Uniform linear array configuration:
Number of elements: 12
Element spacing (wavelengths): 0.25
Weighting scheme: hamming
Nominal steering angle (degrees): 15
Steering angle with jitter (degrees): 16.123
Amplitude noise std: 0.05
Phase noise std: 0.05

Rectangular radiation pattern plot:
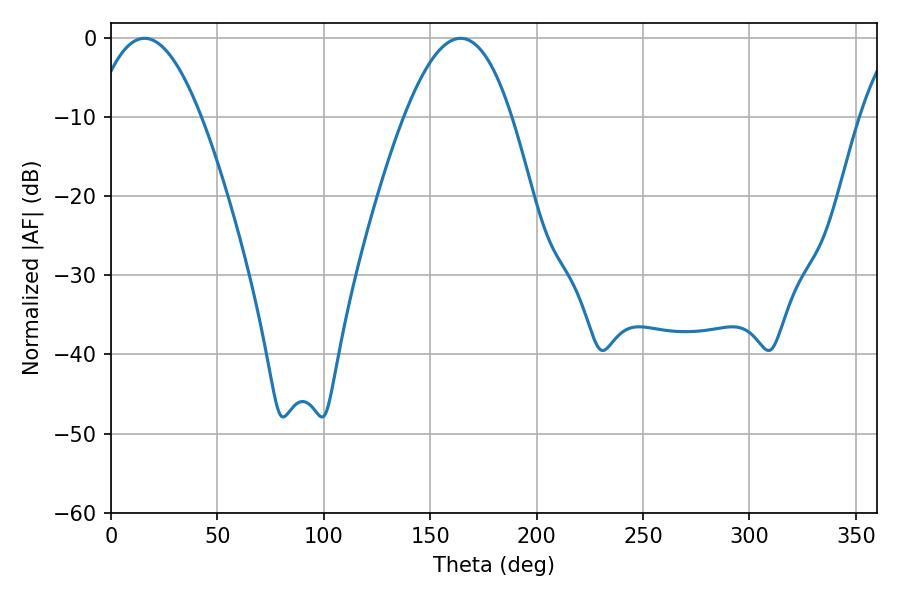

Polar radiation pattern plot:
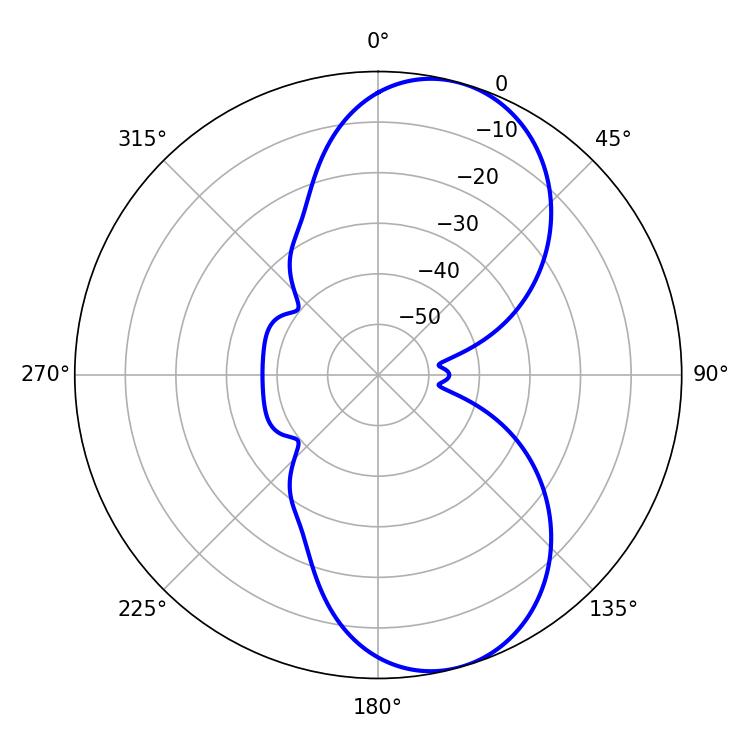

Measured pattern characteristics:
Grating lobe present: FALSE
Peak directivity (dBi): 8.407
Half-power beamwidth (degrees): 27.54
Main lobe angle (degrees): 15.66